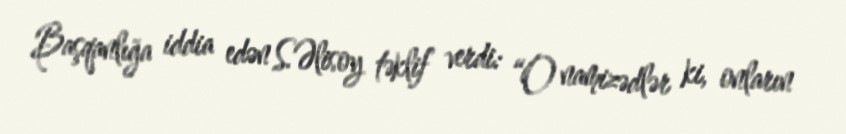
Başqanlığa iddia edən S.Əlisoy təklif verdi: “O namizədlər ki, onların